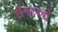
ઈજાઓ